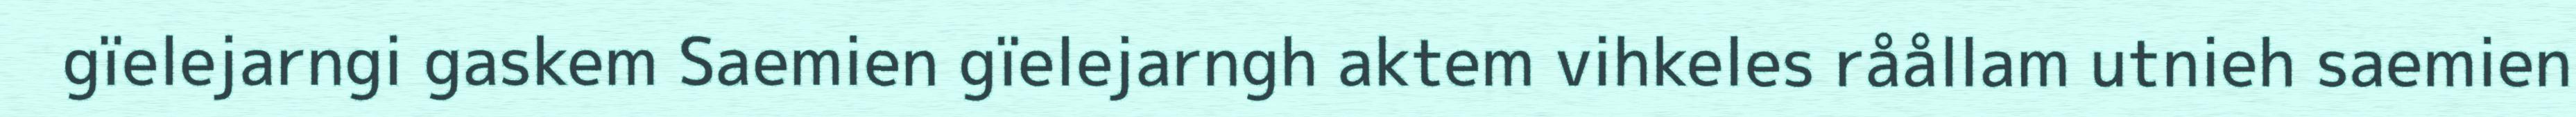
gïelejarngi gaskem Saemien gïelejarngh aktem vihkeles råållam utnieh saemien